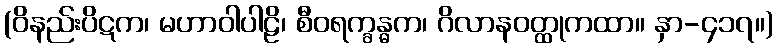
(ဝိနည်းပိဋက၊ မဟာဝါပါဠိ၊ စီဝရက္ခန္ဓက၊ ဂိလာနဝတ္ထုကထာ။ နှာ-၄၁၇။)